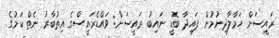
ރައީސަށް ހަމާލާދިނުމުން ފައިދާ ބޮޑީ ނައިބު ރައީސަށް: ވައްޑެރައީސްގެ އިތުބާރު ނެތް ކަމުގެ